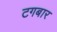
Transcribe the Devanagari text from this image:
टगबार